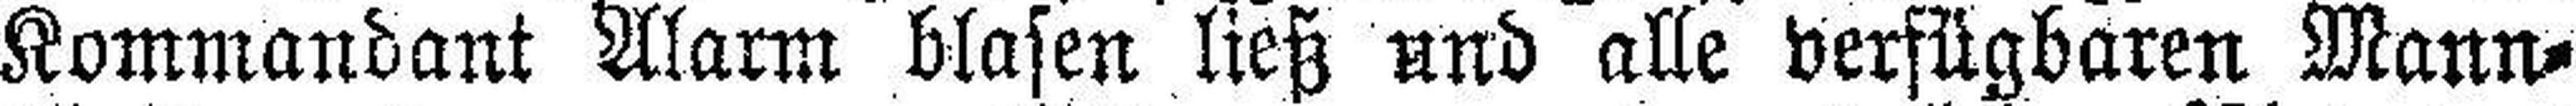
Kommandant Alarm blasen ließ und alle verfügbaren Mann¬